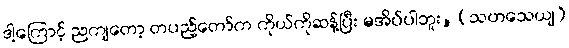
ဒါ့ကြောင့် ညကျတော့ တပည့်တော်က ကိုယ်ကိုဆန့်ပြီး မအိပ်ပါဘူး, (သဟသေယျ)